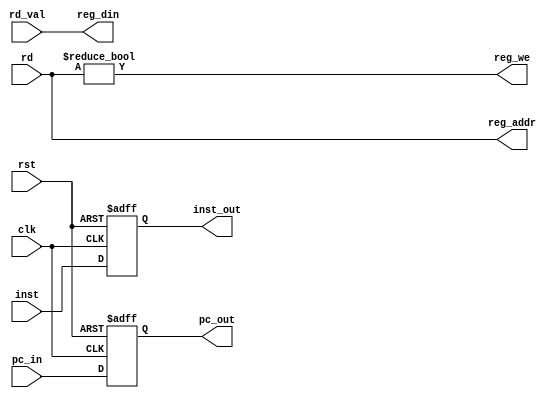
/*
  sbmips
  Copyright (C) 2017  StarBrilliant <m13253@hotmail.com>

  This program is free software: you can redistribute it and/or modify
  it under the terms of the GNU General Public License as published by
  the Free Software Foundation, either version 3 of the License, or
  (at your option) any later version.

  This program is distributed in the hope that it will be useful,
  but WITHOUT ANY WARRANTY; without even the implied warranty of
  MERCHANTABILITY or FITNESS FOR A PARTICULAR PURPOSE.  See the
  GNU General Public License for more details.

  You should have received a copy of the GNU General Public License
  along with this program.  If not, see <http://www.gnu.org/licenses/>.
*/

`timescale 1ns / 1ps
`default_nettype none

module inst_writeback(
    input wire clk,
    input wire rst,

    input wire [31:2] pc_in,
    input wire [31:0] inst,
    input wire [4:0] rd,
    input wire [31:0] rd_val,

    output wire [4:0] reg_addr,
    output wire [31:0] reg_din,
    output wire reg_we,

    output reg [31:2] pc_out,
    output reg [31:0] inst_out
    );

initial begin
    pc_out = 0; inst_out = 32'hxxxxxxxx;
end

assign reg_addr = rd;
assign reg_din = rd_val;
assign reg_we = rd != 5'h00;

always @(posedge clk, posedge rst)
    if(rst) begin
        pc_out = 0; inst_out = 32'hxxxxxxxx;
    end else begin
        pc_out = pc_in; inst_out = inst;
    end

endmodule